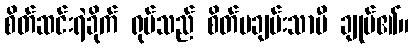
စိတ်ဆင်းရဲခိုက် ရုပ်သည် စိတ်မချမ်းသာမီ ချုပ်၏။